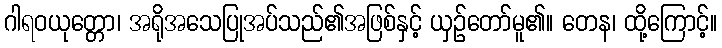
ဂါရဝယုတ္တော၊ အရိုအသေပြုအပ်သည်၏အဖြစ်နှင့် ယှဉ်တော်မူ၏။ တေန၊ ထို့ကြောင့်။